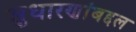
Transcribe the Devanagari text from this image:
सुधारणांबद्दल